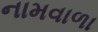
નામવાળા